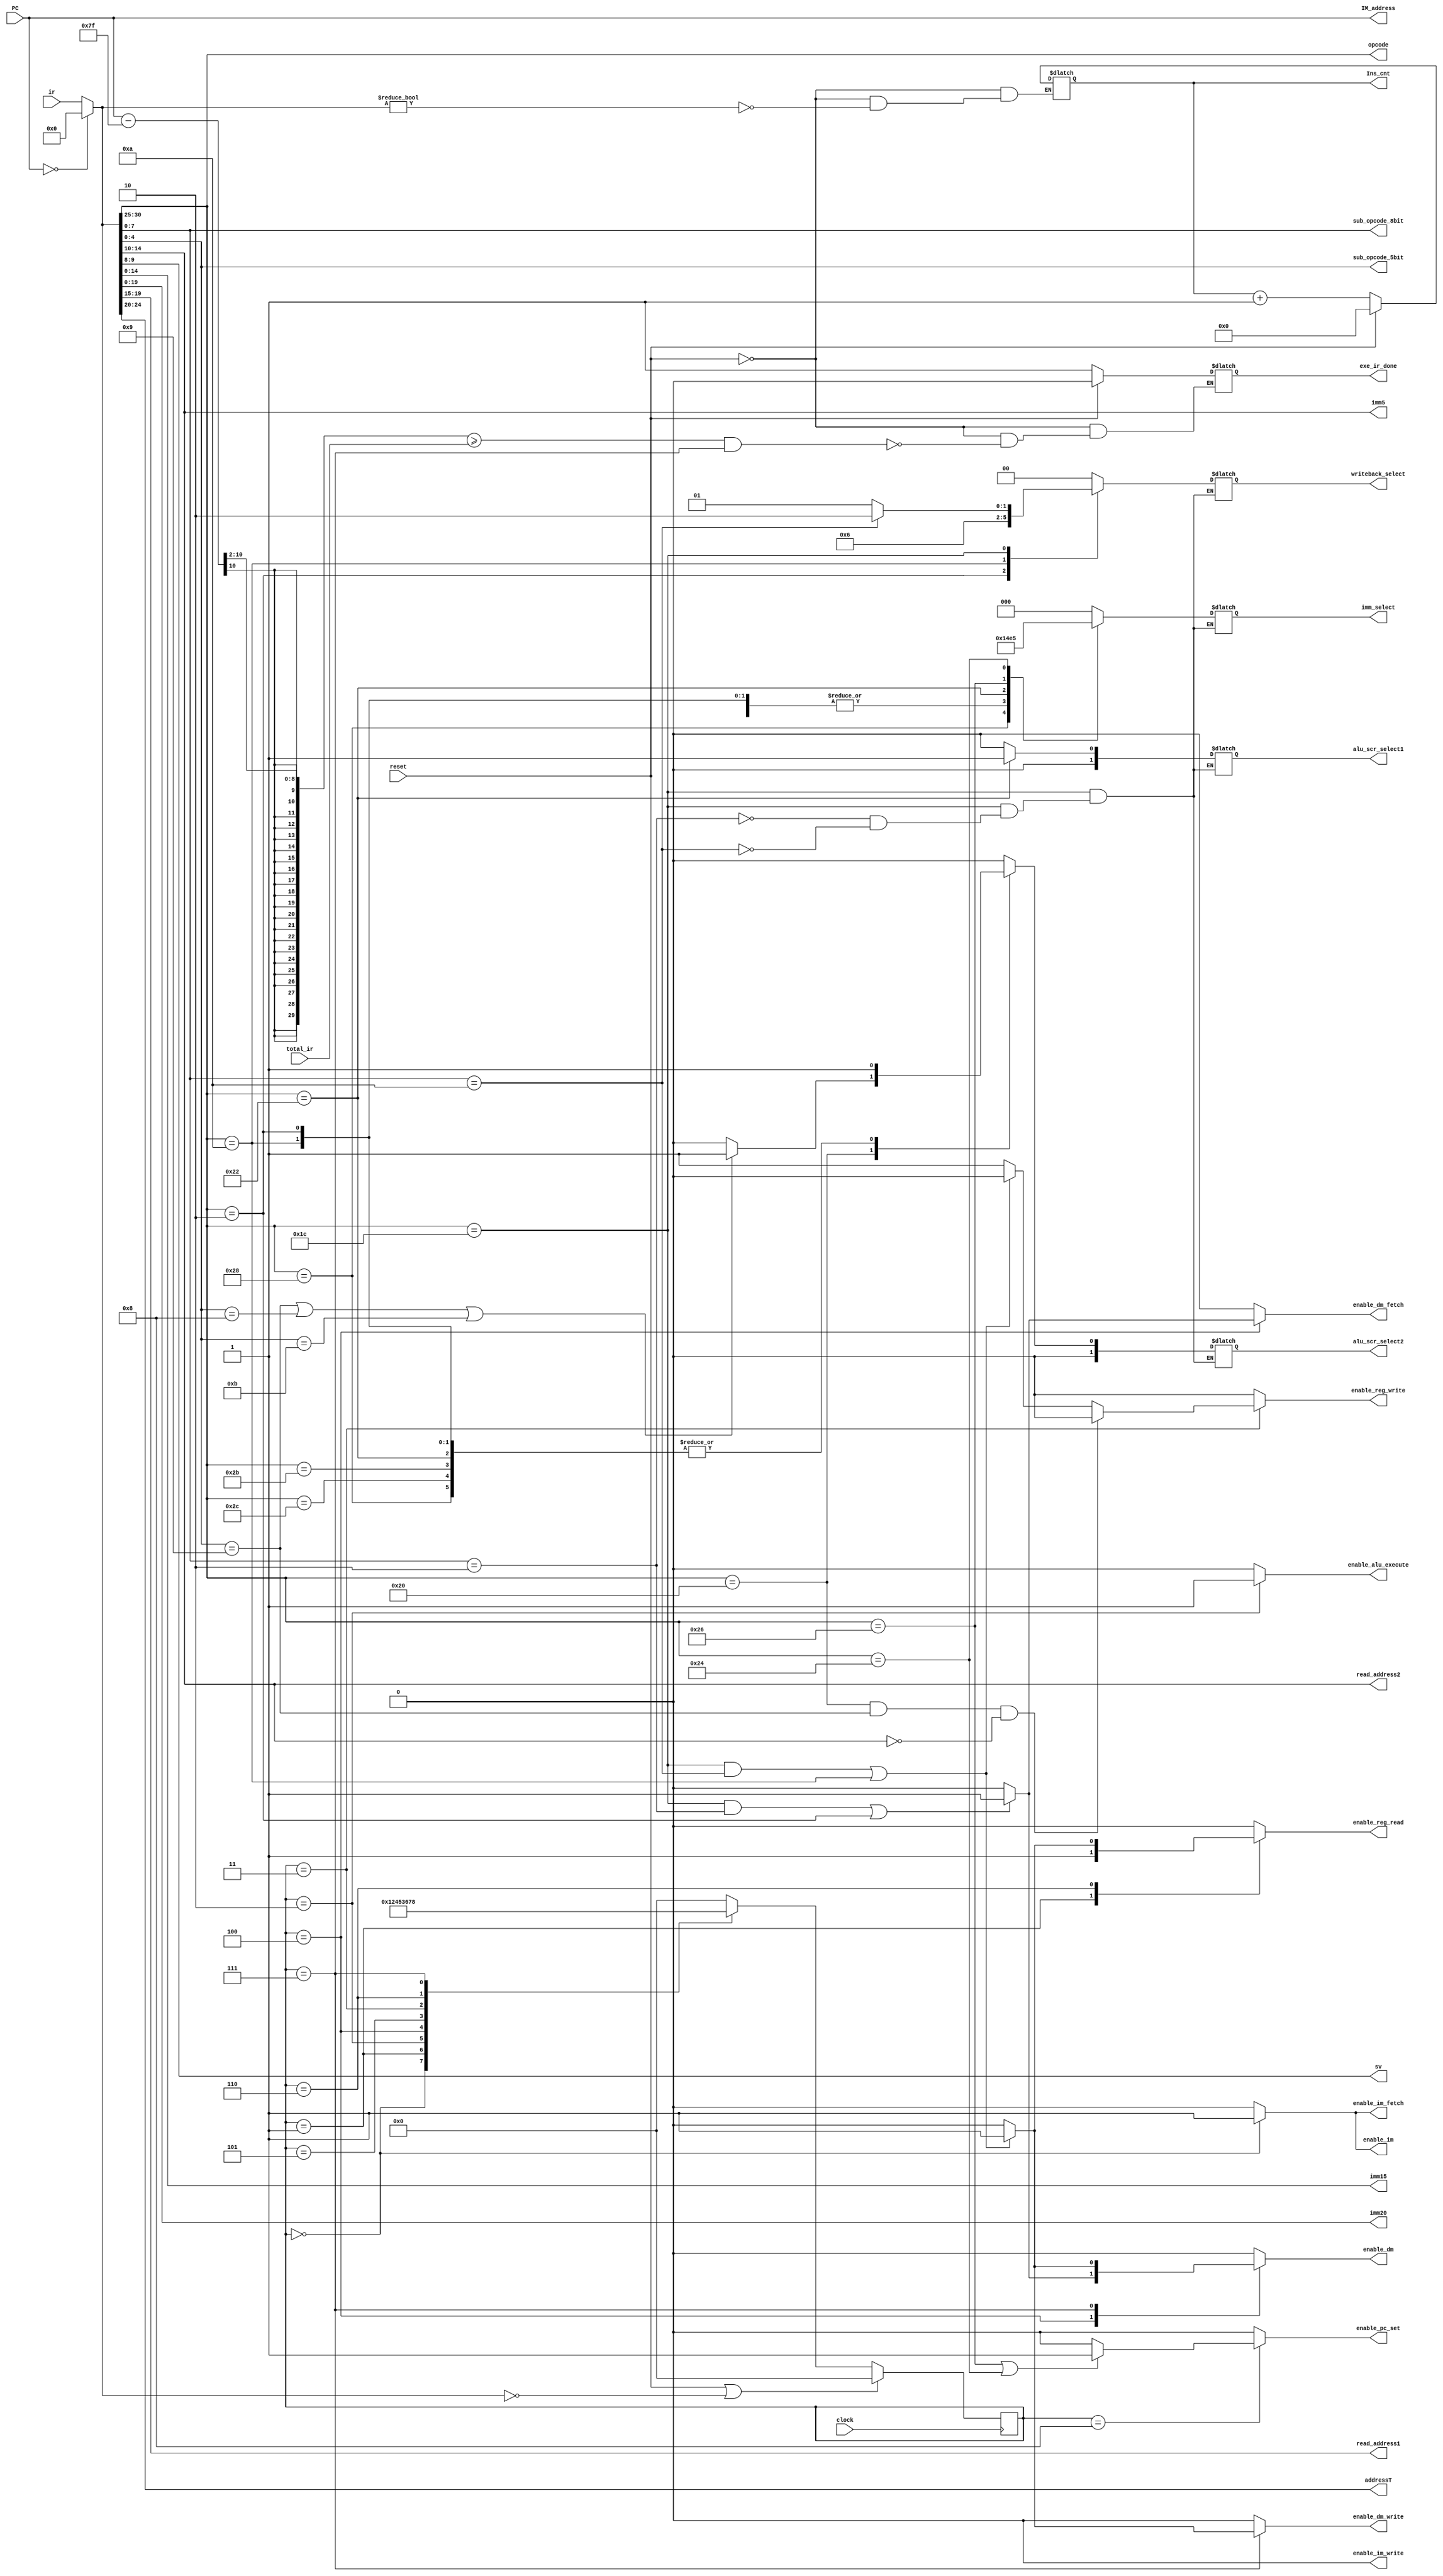
/* TODO: 
*/
module ir_controller(exe_ir_done, Ins_cnt, IM_address, enable_pc_set, enable_dm_fetch, enable_dm_write, enable_dm, enable_im_fetch, enable_im_write, enable_im, enable_alu_execute, enable_reg_read, enable_reg_write, opcode, sub_opcode_5bit, sub_opcode_8bit, sv, imm5, imm15, imm20, read_address1, read_address2,addressT, imm_select, writeback_select, alu_scr_select1, alu_scr_select2, total_ir, clock, reset, PC, ir);
  parameter MemSize = 10;
  parameter DataSize = 32;
  parameter AddrSize = 5;
  parameter InsSize = 64;
  parameter IMAddrSize = 10;
  parameter im_start = 'h7F; // FIXME

  /* top */
  input clock;
  input reset;
  input [MemSize-1:0] PC;
  input [DataSize-1:0] ir;
  input [15:0] total_ir;

  output exe_ir_done;
  output [InsSize-1:0] Ins_cnt;
  output [IMAddrSize-1:0] IM_address;

  output enable_pc_set;

  output enable_im_fetch;
  output enable_im_write;
  output enable_im;
  output enable_dm_fetch;
  output enable_dm_write;
  output enable_dm;
  
  output enable_alu_execute;
  output enable_reg_read;
  output enable_reg_write;

  output [2:0] imm_select;
  output [1:0] writeback_select;
  output [1:0]alu_scr_select1;
  output [1:0]alu_scr_select2;

  output [5:0] opcode;
  output [4:0] sub_opcode_5bit;
  output [7:0] sub_opcode_8bit;
  output [1:0] sv; 
  output [4:0]  imm5;
  output [14:0] imm15;
  output [19:0] imm20;
  output [AddrSize-1:0]read_address1;
  output [AddrSize-1:0]read_address2;
  output [AddrSize-1:0]addressT;
  
  reg exe_ir_done;

  reg [InsSize-1:0] Ins_cnt;
  wire [IMAddrSize-1:0] IM_address;

  reg enable_pc_set;

  reg enable_im_fetch;
  reg enable_im_write;
  reg enable_im;
  reg enable_dm_fetch;
  reg enable_dm_write;
  reg enable_dm;
  
  reg enable_alu_execute;
  reg enable_reg_read;
  reg enable_reg_write;

  reg [2:0] imm_select;
  reg [1:0] writeback_select;
  reg [1:0]alu_scr_select1;
  reg [1:0]alu_scr_select2;
  
  /* internal */
  reg [DataSize-1:0] present_instruction;
  wire [5:0] opcode = present_instruction[30:25];
  wire [4:0] sub_opcode_5bit = present_instruction[4:0];
  wire [7:0] sub_opcode_8bit = present_instruction[7:0];
  wire [1:0] sv = present_instruction[9:8]; 
  wire [4:0]   imm5 = present_instruction[14:10];
  wire [14:0] imm15 = present_instruction[14:0];
  wire [19:0] imm20 = present_instruction[19:0];
  wire [AddrSize-1:0]read_address1 = present_instruction[19:15];
  wire [AddrSize-1:0]read_address2 = present_instruction[14:10];
  wire [AddrSize-1:0]addressT = present_instruction[24:20];

  reg [3:0] current_state;
  reg [3:0] next_state;

  // op & sub_op
  parameter TYPE_BASIC=6'b100000;
  parameter NOP=5'b01001, ADD=5'b00000, SUB=5'b00001, AND=5'b00010,
            OR=5'b00100, XOR=5'b00011, SRLI=5'b01001, SLLI=5'b01000,
            ROTRI=5'b01011;

  parameter ADDI=6'b101000, ORI=6'b101100, XORI=6'b101011, LWI=6'b000010, SWI=6'b001010;

  parameter MOVI=6'b100010;
  parameter BEQ=6'b100110, J=6'b100100;

  parameter TYPE_LS=6'b011100;
  parameter LW=8'b00000010, SW=8'b00001010;

  // state
  parameter stopState = 4'b0000, fetchState = 4'b0001, exeState = 4'b0010, writeState =  4'b0011, lwFetchState = 4'b0100, lwWriteState = 4'b0101, swFetchState = 4'b0110, swWriteState = 4'b0111, updatePCState = 4'b1000;
  // imm_select
  parameter sel_imm5ZE = 3'b000, sel_imm15SE = 3'b001, sel_imm15ZE = 3'b010, sel_imm20SE = 3'b011, sel_imm14SE = 3'b100, sel_imm24SE = 3'b101;
  // writeback_select
  parameter sel_aluResult = 2'b00, sel_DMout = 2'b01, sel_regData = 2'b10; 
  // alu_scr_select1, alu_scr_select2
  parameter sel_reg = 2'b00, sel_imm = 2'b01, sel_addr = 2'b10;
     
  assign IM_address = PC;

  always @(posedge clock) begin
    if(reset || (present_instruction == 0))
      current_state = stopState;
    else
      current_state = next_state;
  end

  always @(current_state)
  begin
    case(current_state)
    stopState : begin
      next_state = fetchState;
      enable_pc_set = 0;
      enable_im = 1;
      enable_im_fetch = 1;
      enable_im_write = 0;
      enable_dm = 0;
      enable_dm_fetch = 0;
      enable_dm_write = 0;
      enable_reg_read = 0;
      enable_alu_execute = 0;
      enable_reg_write = 0;
    end
    fetchState : begin
      next_state = exeState;
      enable_pc_set = 0;
      enable_im = 0;
      enable_im_fetch = 0;
      enable_im_write = 0;
      enable_dm = 0;       // FIXME
      enable_dm_fetch = 0; // FIXME
      enable_dm_write = 0;
      enable_reg_read = 1; // FIXME
      enable_alu_execute = 0;
      enable_reg_write = 0;
    end
    exeState : begin
      next_state = lwFetchState;
      enable_pc_set = 0;
//      if (opcode == TYPE_LS) begin
//        enable_im <= 0;
//        enable_im_fetch <= 0;
//        enable_im_write <= 0;
//        enable_alu_execute <= 0;
//        enable_reg_read <= 0;
//        enable_reg_write <= 0;
//        enable_dm <= 0;
//        enable_dm_fetch <= 0;
//        enable_dm_write <= 0;
//      end else begin
        enable_im = 0;
        enable_im_fetch = 0;
        enable_im_write = 0;
        enable_dm = 0;
        enable_dm_fetch = 0;
        enable_dm_write = 0;
        enable_reg_read = 0;
        enable_alu_execute = 1;
        enable_reg_write = 0;
//      end
    end
    lwFetchState : begin
      next_state = lwWriteState;
      enable_pc_set = 0;
      if ((opcode == TYPE_LS && sub_opcode_8bit == LW) || (opcode == LWI)) begin
        enable_im = 0;
        enable_im_fetch = 0;
        enable_im_write = 0;
        enable_alu_execute = 0;
        enable_reg_read = 0;
        enable_reg_write = 0;
        enable_dm = 1;
        enable_dm_fetch = 1;
        enable_dm_write = 0;
      end else begin
        enable_im = 0;
        enable_im_fetch = 0;
        enable_im_write = 0;
        enable_alu_execute = 0;
        enable_reg_read = 0;
        enable_reg_write = 0;
        enable_dm = 0;
        enable_dm_fetch = 0;
        enable_dm_write = 0;
      end
    end
    lwWriteState : begin
      next_state = writeState;
      enable_pc_set = 0;
      if ((opcode == TYPE_LS && sub_opcode_8bit == LW) || (opcode == LWI)) begin
        enable_im = 0;
        enable_im_fetch = 0;
        enable_im_write = 0;
        enable_alu_execute = 0;
        enable_reg_read = 0;
        enable_reg_write = 0;
        enable_dm = 0;
        enable_dm_fetch = 0;
        enable_dm_write = 0;
      end else begin
        enable_im = 0;
        enable_im_fetch = 0;
        enable_im_write = 0;
        enable_alu_execute = 0;
        enable_reg_read = 0;
        enable_reg_write = 0;
        enable_dm = 0;
        enable_dm_fetch = 0;
        enable_dm_write = 0;
      end
    end
    writeState : begin
      next_state = swFetchState;
      enable_pc_set = 0;
      enable_im = 0;
      enable_im_fetch = 0;
      enable_im_write = 0;
      enable_alu_execute = 0;
      if (opcode == TYPE_BASIC && sub_opcode_5bit == SRLI && imm5 == 5'b0) begin// NOP
        enable_reg_read = 0;
        enable_reg_write = 0;
        enable_dm = 0;
        enable_dm_fetch = 0;
        enable_dm_write = 0;
      end else if ((opcode == TYPE_LS && sub_opcode_8bit == SW) || (opcode == SWI))begin
        enable_reg_read = 0;
        enable_reg_write = 0;
        enable_dm = 0;
        enable_dm_fetch = 0;
        enable_dm_write = 0;
      end else begin
        enable_reg_read = 0; //FIXME
        enable_reg_write = 1;
        enable_dm = 0;
        enable_dm_fetch = 0;
        enable_dm_write = 0;
      end
    end
    swFetchState : begin
      next_state = swWriteState;
      enable_pc_set = 0;
      if ((opcode == TYPE_LS && sub_opcode_8bit == SW) || (opcode == SWI))begin
        enable_im = 0;
        enable_im_fetch = 0;
        enable_im_write = 0;
        enable_alu_execute = 0;
        enable_reg_read = 1;
        enable_reg_write = 0;
        enable_dm = 0;
        enable_dm_fetch = 0;
        enable_dm_write = 0;
      end else begin 
        enable_im = 0;
        enable_im_fetch = 0;
        enable_im_write = 0;
        enable_alu_execute = 0;
        enable_reg_read = 0;
        enable_reg_write = 0;
        enable_dm = 0;
        enable_dm_fetch = 0;
        enable_dm_write = 0;
      end
    end
    swWriteState : begin
      next_state = updatePCState;
      enable_pc_set = 0;
      if ((opcode == TYPE_LS && sub_opcode_8bit == SW) || (opcode == SWI)) begin
        enable_im = 0;
        enable_im_fetch = 0;
        enable_im_write = 0;
        enable_alu_execute = 0;
        enable_reg_read = 0;
        enable_reg_write = 0;
        enable_dm = 1;
        enable_dm_fetch = 0;
        enable_dm_write = 1;
      end else begin 
        enable_im = 0;
        enable_im_fetch = 0;
        enable_im_write = 0;
        enable_alu_execute = 0;
        enable_reg_read = 0;
        enable_reg_write = 0;
        enable_dm = 0;
        enable_dm_fetch = 0;
        enable_dm_write = 0;
      end
    end
    updatePCState : begin
      next_state = stopState;
      if ((opcode == BEQ) || (opcode == J)) begin
        enable_pc_set = 1;
        enable_im = 0;
        enable_im_fetch = 0;
        enable_im_write = 0;
        enable_alu_execute = 0;
        enable_reg_read = 0;
        enable_reg_write = 0;
        enable_dm = 0;
        enable_dm_fetch = 0;
        enable_dm_write = 0;
      end else begin 
        enable_pc_set = 0;
        enable_im = 0;
        enable_im = 0;
        enable_im_fetch = 0;
        enable_im_write = 0;
        enable_alu_execute = 0;
        enable_reg_read = 0;
        enable_reg_write = 0;
        enable_dm = 0;
        enable_dm_fetch = 0;
        enable_dm_write = 0;
      end
    end
    default: begin
        next_state = stopState;
        enable_pc_set = 0;
        enable_im = 0;
        enable_im = 0;
        enable_im_fetch = 0;
        enable_im_write = 0;
        enable_alu_execute = 0;
        enable_reg_read = 0;
        enable_reg_write = 0;
        enable_dm = 0;
        enable_dm_fetch = 0;
        enable_dm_write = 0;
      end
    endcase
  end

  always @ (opcode or sub_opcode_5bit or sub_opcode_8bit) begin
    case(opcode)
      TYPE_BASIC : begin
               if (sub_opcode_5bit == SRLI | sub_opcode_5bit == SLLI | sub_opcode_5bit == ROTRI) begin
                    imm_select = sel_imm5ZE; 
                    alu_scr_select1 = sel_reg;
                    alu_scr_select2 = sel_imm;
                    writeback_select = sel_aluResult;
                 end
                 else begin
                    imm_select = sel_imm5ZE; 
                    alu_scr_select1 = sel_reg;
                    alu_scr_select2 = sel_reg;
                    writeback_select = sel_aluResult;
               end
               end
      ADDI : begin
               imm_select = sel_imm15SE;
               alu_scr_select1 = sel_reg;
               alu_scr_select2 = sel_imm;
               writeback_select = sel_aluResult;
             end
      ORI  : begin
               imm_select = sel_imm15ZE;
               alu_scr_select1 = sel_reg;
               alu_scr_select2 = sel_imm;
               writeback_select = sel_aluResult;
             end
      XORI : begin
               imm_select = sel_imm15ZE;
               alu_scr_select1 = sel_reg;
               alu_scr_select2 = sel_imm;
               writeback_select = sel_aluResult;
             end
      LWI  : begin
               imm_select = sel_imm15ZE;
               alu_scr_select1 = sel_reg;
               alu_scr_select2 = sel_imm;
               writeback_select = sel_DMout;
             end
      SWI  : begin
               imm_select = sel_imm15ZE;
               alu_scr_select1 = sel_reg;
               alu_scr_select2 = sel_imm;
               writeback_select = sel_regData;
             end
      MOVI : begin
               imm_select = sel_imm20SE;
               alu_scr_select1 = sel_imm;
               alu_scr_select2 = sel_imm;
               writeback_select = sel_aluResult;
             end
      BEQ  : begin
               imm_select = sel_imm14SE;
               alu_scr_select1 = sel_reg; // FIXME
               alu_scr_select2 = sel_reg; // FIXME
               writeback_select = sel_aluResult;
             end
      J    : begin
               imm_select = sel_imm24SE;
               alu_scr_select1 = sel_reg; // FIXME
               alu_scr_select2 = sel_reg; // FIXME
               writeback_select = sel_aluResult;
             end
      TYPE_LS : case (sub_opcode_8bit)
                  LW : begin
                          imm_select = sel_imm5ZE;
                          alu_scr_select1 = sel_reg;
                          alu_scr_select2 = sel_reg;
                          writeback_select = sel_DMout;
                       end
                  SW : begin
                          imm_select = sel_imm5ZE; 
                          alu_scr_select1 = sel_reg;
                          alu_scr_select2 = sel_reg;
                          writeback_select = sel_regData;
                       end
                endcase
      default : begin 
                imm_select = sel_imm5ZE; 
                alu_scr_select1 = sel_reg;
                alu_scr_select2 = sel_reg;
                writeback_select = sel_aluResult;
               end
    endcase
  end

  always @ (PC) begin
    if(PC == 0) begin
      present_instruction <= 0;
    end else begin
      present_instruction <= ir;
    end
//    $display("PC:%d, present_instruction:%b", PC, present_instruction);
  end

  always @ (reset or present_instruction) begin
    if (reset) begin
      Ins_cnt = 0;
    end else begin
      if (present_instruction)
          Ins_cnt = Ins_cnt + 1;
      else
          Ins_cnt = Ins_cnt;
    end
//    $display("PC:%d cnt:%d", IM_address, Ins_cnt);
  end

  always @ (reset, PC, current_state) begin
    //$display("PC: %d, total_ir:%d, Ins_cnt:%d", PC, total_ir, Ins_cnt);
    if (reset) begin
        exe_ir_done = 0;
    end else begin
      if ((((PC - im_start) >> 2) >= total_ir) && (current_state == swWriteState))
        exe_ir_done = 1;
      else
        exe_ir_done = exe_ir_done;
    end
//    $display("total_ir:%d, Ins_cnt:%d", total_ir, Ins_cnt);
  end


endmodule